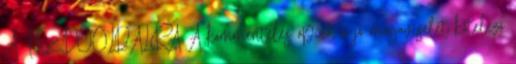
A KEZDŐOLDALRA A kommentelés opció, a jó magaviselet kötelező